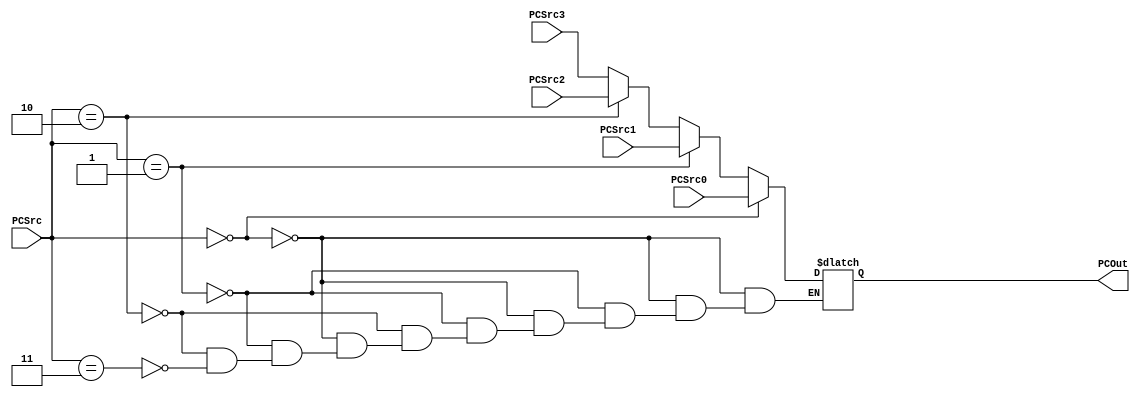
`timescale 1ns / 1ps

module PCSrcSelector(
    input[1:0] PCSrc,
    output reg[31:0] PCOut,
    input [31:0]PCSrc0,
    input [31:0]PCSrc1,
    input [31:0]PCSrc2,
    input [31:0]PCSrc3
    );
    
    always@(PCSrc)
    begin
        if(PCSrc==2'b00)
        begin
            PCOut=PCSrc0;
        end
        
        else if(PCSrc==2'b01)
        begin
            PCOut=PCSrc1;
        end
        
        else if(PCSrc==2'b10)
        begin
            PCOut=PCSrc2;
        end
        
        else if(PCSrc==2'b11)
        begin
            PCOut=PCSrc3;
        end
    end
endmodule